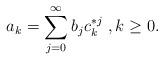
LaTeX: \begin{align*}a_k = \sum_{j=0}^\infty b_j c^{*j}_k\ , k\ge0.\end{align*}